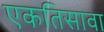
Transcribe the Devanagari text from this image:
एकतिसावा